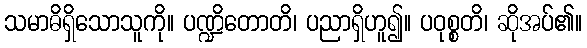
သမာဓိရှိသောသူကို။ ပဏ္ဍိတောတိ၊ ပညာရှိဟူ၍။ ပဝုစ္စတိ၊ ဆိုအပ်၏။